Scottish Leaving Certificate Examination, 1955
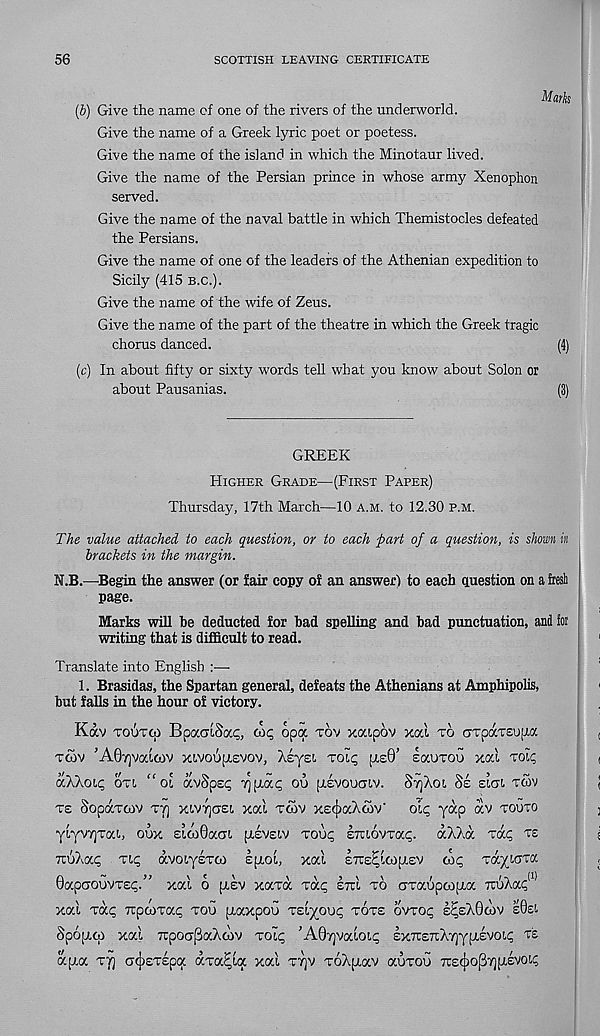
56
SCOTTISH LEAVING CERTIFICATE
(b) Give the name ef one of the rivers of the underworld.
Give the name of a Greek lyric poet or poetess.
Give the name of the island in which the Minotaur lived.
Give the name of the Persian prince in whose army Xenophon
served.
Give the name of the naval battle in which Themistocles defeated
the Persians.
Give the name of one of the leaders of the Athenian expedition to
Sicily (415 b.c.).
Give the name of the wife of Zeus.
Give the name of the part of the theatre in which the Greek tragic
chorus danced.
(c) In about fifty or sixty words tell what you know about Solon or
about Pausanias.
GREEK
Higher Grade—(First Paper)
Thursday, 17th March—10 a.m. to 12.30 p.m.
The value attached to each question, or to each part of a question, is shown in
brackets in the margin.
N.B.—Begin the answer (or fair copy of an answer) to each question on a besh
page.
Marks will be deducted for bad spelling and bad punctuation, and for
writing that is difficult to read.
Translate into English :—
1. Brasidas, the Spartan general, defeats the Athenians at Amphipolis,
but falls in the hour of victory.
Kav toutoi BcaaiSac, ore; opoc tov xaipov xcci to GTpaTSuua
TOOV ’A07)VoaGIV XIVOUptEVOV, A£y£L TOlp (TS0’ sauTOu xoci TOip
aAXoip oti “ ol avSps^
ou pivoucnv. 8t)Xo(, 8e zlui tc5v
te SopaTcov T7] xiVYjaEi xou tc5v x£({)ocXcov' oIq yap av TOUTO
yiyvTjTab oux simGaai pivsiv Toup sraovTap. aXXa Tap te
TruXap Tip avoiysTco Eptoi, xal ette^loiplev cop TayiaTa
A
~
>>
\C\
\\9\\
/
„(!)
UapcrouvTSi;.
xai o fxsv xaTa tolc, em to crraupcofxa TruAa^
xat Tap TipaiTap tou piaxpou TEiyoup tote ovrop s^sXOcov e0ei.
Spopico xal TTpocrpaXcov TOtp ’AOyjvatpip EXTrETcXTjypiEVOip te
ap.a Tfl acjiETEpa aTa^ia xal T7]v ToXpiav auTOu 7r£(|)op7]pievoi.p